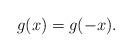
LaTeX: \begin{align*} g(x) = g(-x). \end{align*}